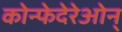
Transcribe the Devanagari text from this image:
कोन्फेदेरेओन्